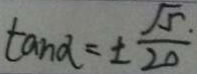
\tan \alpha = \pm \frac { \sqrt { 5 } } { 2 0 } .